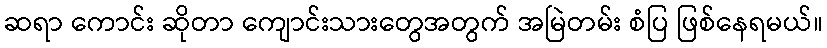
ဆရာ ကောင်း ဆိုတာ ကျောင်းသားတွေအတွက် အမြဲတမ်း စံပြ ဖြစ်နေရမယ်။